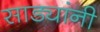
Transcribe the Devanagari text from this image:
साड्यांनी